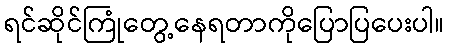
ရင်ဆိုင်ကြုံတွေ့နေရတာကိုပြောပြပေးပါ။